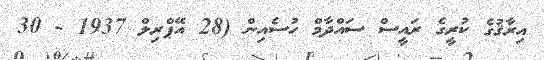
އިރާޤުގެ ކުރީގެ ރައީސް ސައްދާމް ހުސެއިން (28 އޭޕްރިލް 1937 - 30